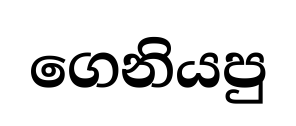
ගෙනියපු